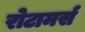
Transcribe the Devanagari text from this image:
रोटामर्स